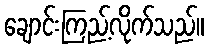
ချောင်းကြည့်လိုက်သည်။